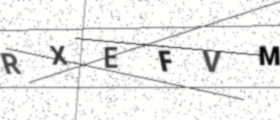
Text: RXEFVM